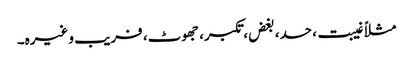
مثلاً غیبت، حسد، بغض، تکبر، جھوٹ، فریب وغیرہ۔